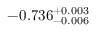
- 0 . 7 3 6 _ { - 0 . 0 0 6 } ^ { + 0 . 0 0 3 }